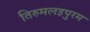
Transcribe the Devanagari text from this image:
तिरुमलइपुरम